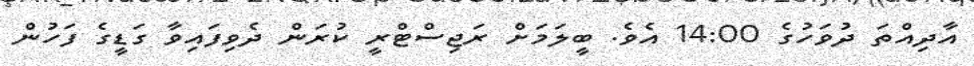
އާދިއްތަ ދުވަހުގެ 14:00 އެވެ. ބީލަމަށް ރަޖިސްޓްރީ ކުރަން ދެވިފައިވާ ގަޑީގެ ފަހުން